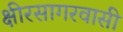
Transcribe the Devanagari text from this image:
क्षीरसागरवासी